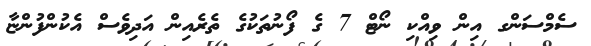
ސެމްސަންގ އިން ވިއްކި ނޯޓް 7 ގެ ފޯނުތަކުގެ ތެރެއިން އަދިވެސް އެކުންފުންޏާ